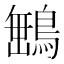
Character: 𮬿